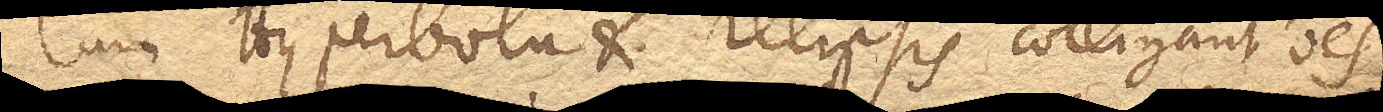
Cum Hyperbola et Ellipsis colligant omnes